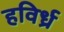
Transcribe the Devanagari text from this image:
हविर्ध्र